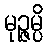
မုဉ္ဇမ္ပိ